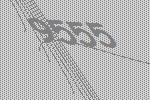
9555